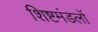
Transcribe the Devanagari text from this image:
शिष्टमंडलों